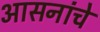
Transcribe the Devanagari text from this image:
आसनांचे